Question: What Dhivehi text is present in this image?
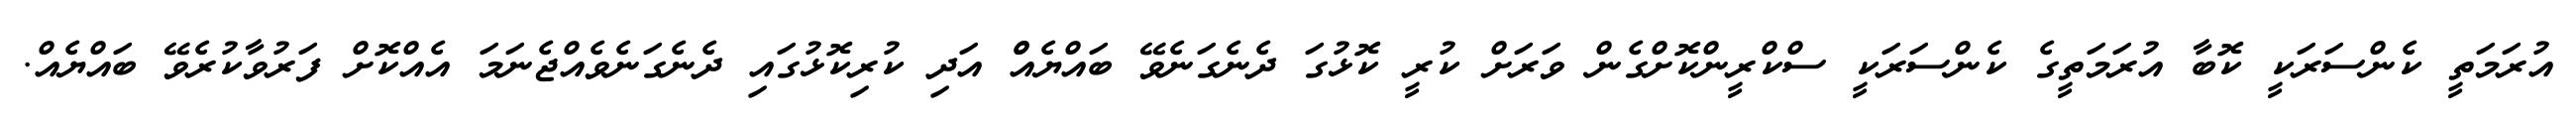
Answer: އުރަމަތީ ކެންސަރަކީ ކޮބާ އުރަމަތީގެ ކެންސަރަކީ ސްކްރީންކޮށްގެން ވަރަށް ކުރީ ކޮޅުގަ ދެނެގަނެވޭ ބައްޔެއްް އަދި ކުރިކޮޅުގައި ދެނެގަނެވެއްޖެނަމަ އެއްކޮށް ފަރުވާކުރެވޭ ބައްޔެއް.